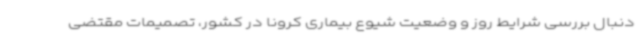
دنبال بررسی شرایط روز و وضعیت شیوع بیماری کرونا در کشور، تصمیمات مقتضی